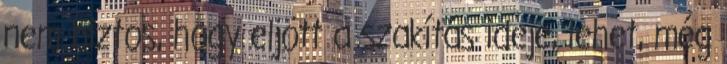
nem biztos, hogy eljött a szakítás ideje, lehet, még